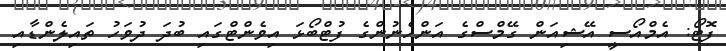
ފޮޓޯ: އެމްއޯސީ އޭޝިއަން ގޭމްސްގެ އަންހެނުންގެ ފުޓްބޯޅަ އިވެންޓްގައި ބުދަ ދުވަހު ތައިލެންޑާއި